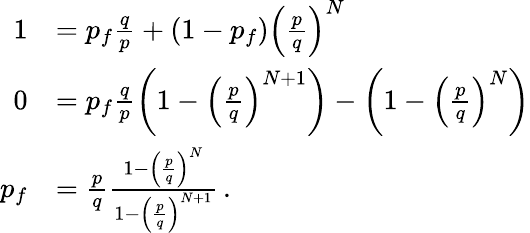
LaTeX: \begin{array}{rl}{1}&{=p_{f}\frac{q}{p}+(1-p_{f})\left(\frac{p}{q}\right)^{N}}\\ {0}&{=p_{f}\frac{q}{p}\left(1-\left(\frac{p}{q}\right)^{N+1}\right)-\left(1-\left(\frac{p}{q}\right)^{N}\right)}\\ {p_{f}}&{=\frac{p}{q}\frac{1-\left(\frac{p}{q}\right)^{N}}{1-\left(\frac{p}{q}\right)^{N+1}}\, .}\end{array}